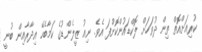
ކުރިއަށްއޮތް ތިން ދުވަހަށް ލޮކްޑައުންކޮށްފަ އެވެ. ނިއު ޒީލެންޑުގެ ކަމާބެހޭ އިދާރާއިން ބުނީ